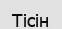
Тісін